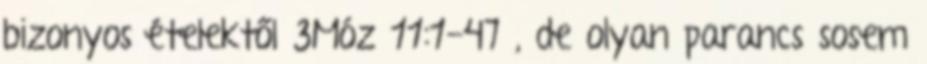
bizonyos ételektől 3Móz 11:1-47 , de olyan parancs sosem